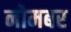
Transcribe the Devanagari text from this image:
नोमबर